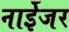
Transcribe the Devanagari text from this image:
नाईेजर